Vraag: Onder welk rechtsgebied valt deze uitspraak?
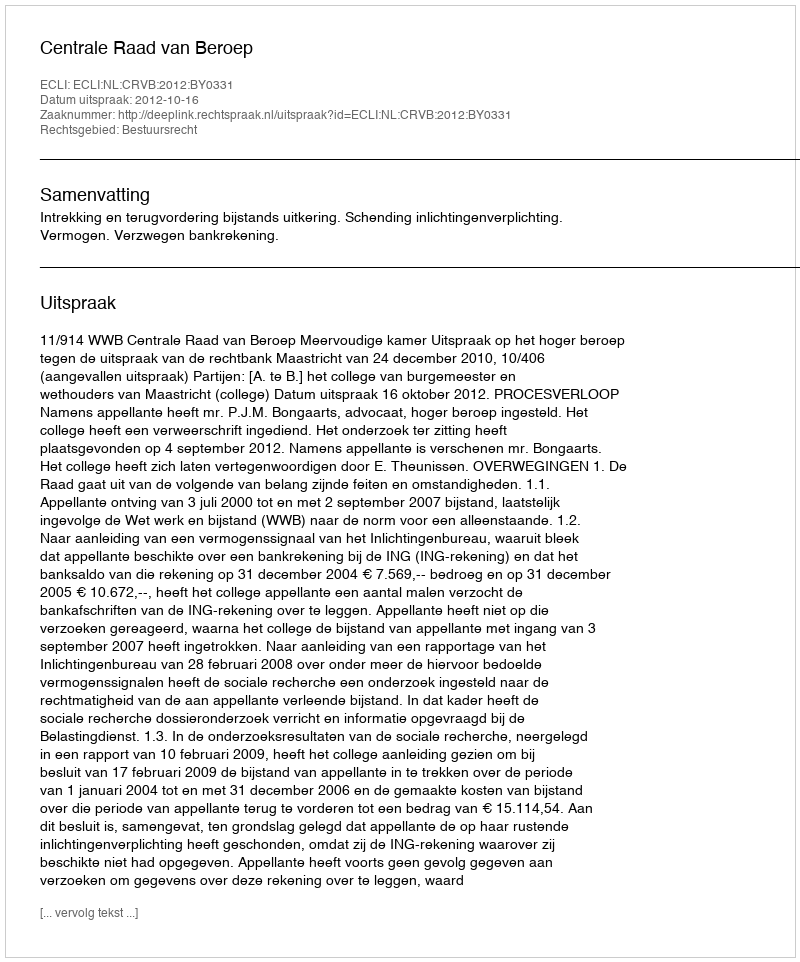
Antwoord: Bestuursrecht